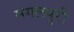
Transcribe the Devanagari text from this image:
मंगलपुरी